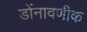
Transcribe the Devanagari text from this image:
डोंनावणीक